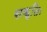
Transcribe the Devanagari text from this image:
सकृतिः